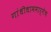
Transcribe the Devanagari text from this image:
गांधीधाममार्गेच